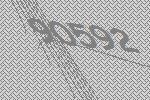
90592